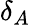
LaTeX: \delta_{A}